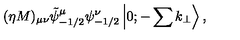
( \eta M ) _ { \mu \nu } \tilde { \psi } _ { - 1 / 2 } ^ { \mu } \psi _ { - 1 / 2 } ^ { \nu } \left| 0 ; - \sum k _ { \perp } \right> ,